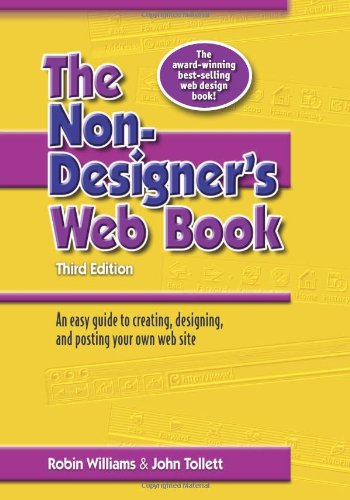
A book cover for The Non-Designer's Web Book, 3rd Edition; Robin Williams; Computers & Technology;